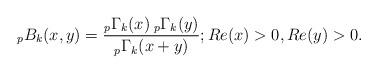
LaTeX: \begin{align*} _{p}B_{k}(x,y)=\frac{_{p}\Gamma _{k}(x)\: _{p}\Gamma _{k}(y)}{_{p}\Gamma _{k}(x+y)}; Re(x)>0, Re(y)>0.\end{align*}